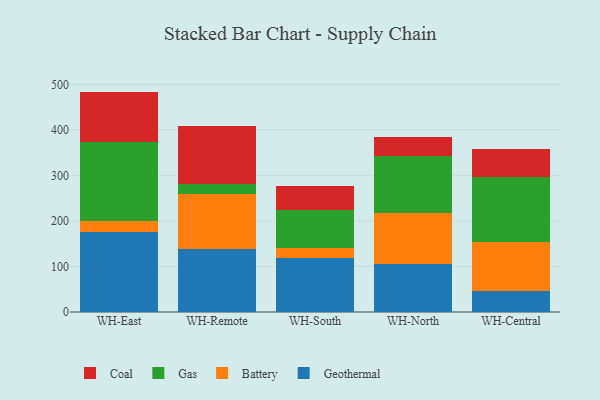
{"axis": {"x": "Warehouse", "y": "LTV (USD)"}, "legend": ["Battery", "Coal", "Gas", "Geothermal"], "data": [{"x": "WH-East", "y": 175.8, "type": "Geothermal"}, {"x": "WH-East", "y": 23.8, "type": "Battery"}, {"x": "WH-East", "y": 174.5, "type": "Gas"}, {"x": "WH-East", "y": 110.0, "type": "Coal"}, {"x": "WH-Remote", "y": 139.2, "type": "Geothermal"}, {"x": "WH-Remote", "y": 119.9, "type": "Battery"}, {"x": "WH-Remote", "y": 22.1, "type": "Gas"}, {"x": "WH-Remote", "y": 127.1, "type": "Coal"}, {"x": "WH-South", "y": 118.7, "type": "Geothermal"}, {"x": "WH-South", "y": 21.7, "type": "Battery"}, {"x": "WH-South", "y": 83.1, "type": "Gas"}, {"x": "WH-South", "y": 54.2, "type": "Coal"}, {"x": "WH-North", "y": 105.4, "type": "Geothermal"}, {"x": "WH-North", "y": 113.0, "type": "Battery"}, {"x": "WH-North", "y": 125.0, "type": "Gas"}, {"x": "WH-North", "y": 41.1, "type": "Coal"}, {"x": "WH-Central", "y": 47.1, "type": "Geothermal"}, {"x": "WH-Central", "y": 107.0, "type": "Battery"}, {"x": "WH-Central", "y": 142.4, "type": "Gas"}, {"x": "WH-Central", "y": 61.5, "type": "Coal"}]}